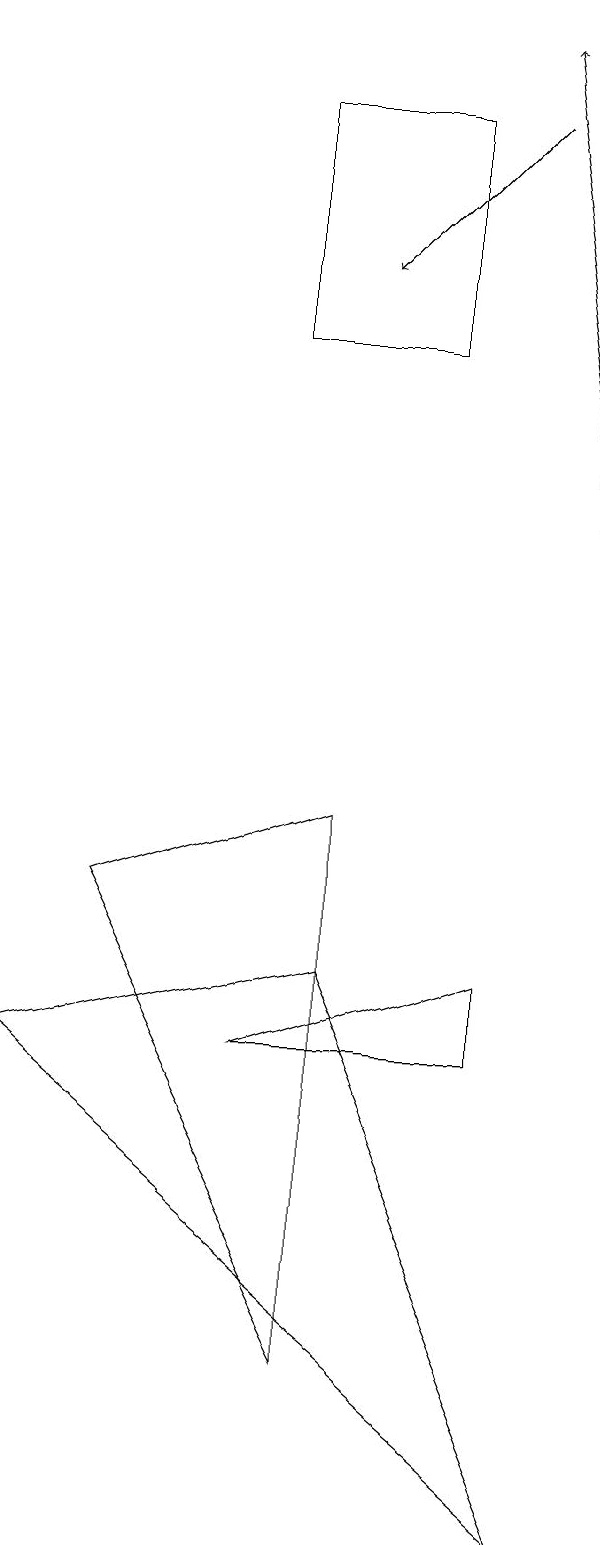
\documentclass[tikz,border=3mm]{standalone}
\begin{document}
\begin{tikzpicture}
\draw[->] (8,13) -- (7,19);
\draw (7,6) -- (7,7) -- (4,6) -- cycle;
\draw[->] (7,18) -- (5,16);
\draw (2,8) -- (5,9) -- (5,2) -- cycle;
\draw (1,6) -- (5,7) -- (8,0) -- cycle;
\draw (6,15) rectangle (4,18);
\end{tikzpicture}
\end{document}